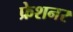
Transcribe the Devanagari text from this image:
फ्रेशनर